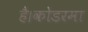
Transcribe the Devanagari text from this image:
है।कोडरमा